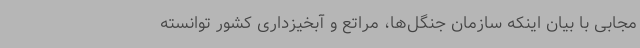
مجابی با بیان اینکه سازمان جنگل‌ها، مراتع و آبخیزداری کشور توانسته